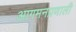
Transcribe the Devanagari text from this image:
आगमनप्रणाली